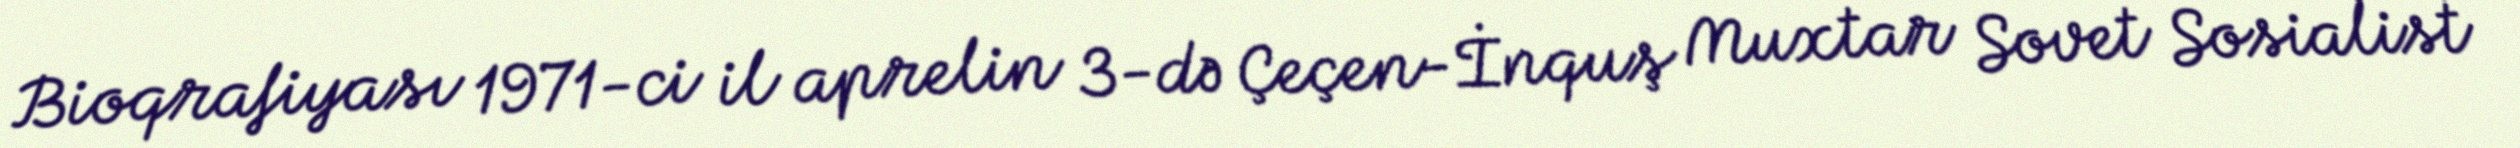
Bioqrafiyası 1971-ci il aprelin 3-də Çeçen-İnquş Muxtar Sovet Sosialist